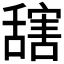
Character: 𦧮